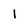
Character: I